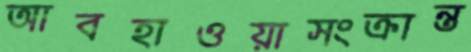
আবহাওয়াসংক্রান্ত